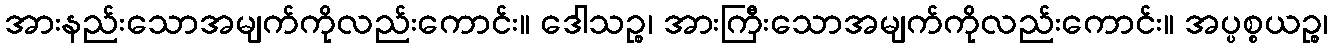
အားနည်းသောအမျက်ကိုလည်းကောင်း။ ဒေါသဉ္စ၊ အားကြီးသောအမျက်ကိုလည်းကောင်း။ အပ္ပစ္စယဉ္စ၊